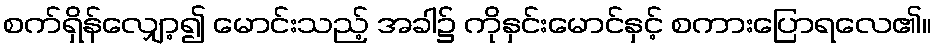
စက်ရှိန်လျှော့၍ မောင်းသည့် အခါ၌ ကိုနှင်းမောင်နှင့် စကားပြောရလေ၏။